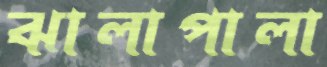
ঝালাপালা